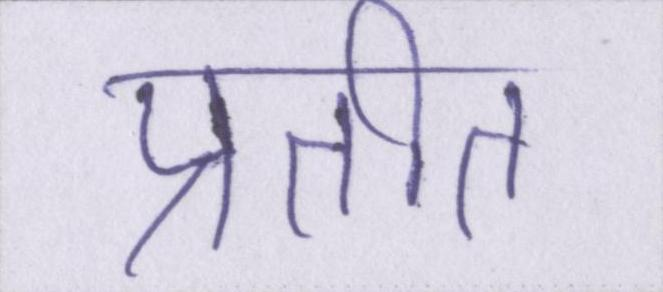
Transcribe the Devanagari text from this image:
प्रतीत